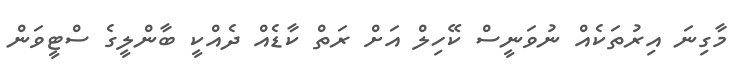
މާގިނަ އިރުތަކެއް ނުވަނީސް ކޭހިލް އަށް ރަތް ކާޑެއް ދެއްކީ ބާންލީގެ ސްޓީވަން